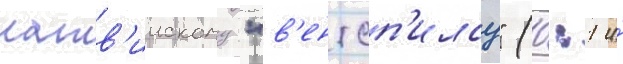
латв'иискому "в'ентсп'илсу" (0:1 и́